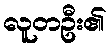
လူတဦး၏